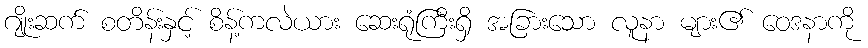
ဂျိုးဆက် စတိန်းနှင့် စိန့်ကလဲယား ဆေးရုံကြီးရှိ အခြားသော လူနာ များ၏ ဝေဒနာကို